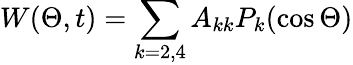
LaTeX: W(\Theta,t)=\sum_{k=2,4}A_{kk}P_{k}(\cos{\Theta})